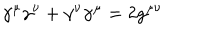
\gamma ^ { \mu } \gamma ^ { \nu } + \gamma ^ { \nu } \gamma ^ { \mu } = 2 g ^ { \mu \nu }